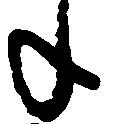
年